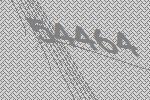
54464